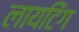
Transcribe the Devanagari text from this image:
लायटिंग